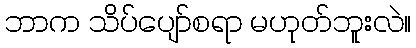
ဘာက သိပ်ပျော်စရာ မဟုတ်ဘူးလဲ။